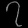
Digit: ၇